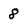
Character: 8